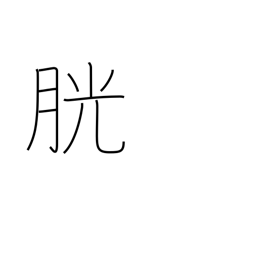
Meaning: bladder